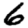
Digit: 6